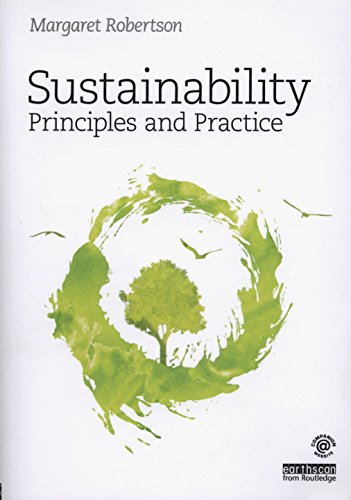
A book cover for Sustainability Principles and Practice; Margaret Robertson; Business & Money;